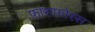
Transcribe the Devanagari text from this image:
फासफ़ोरस